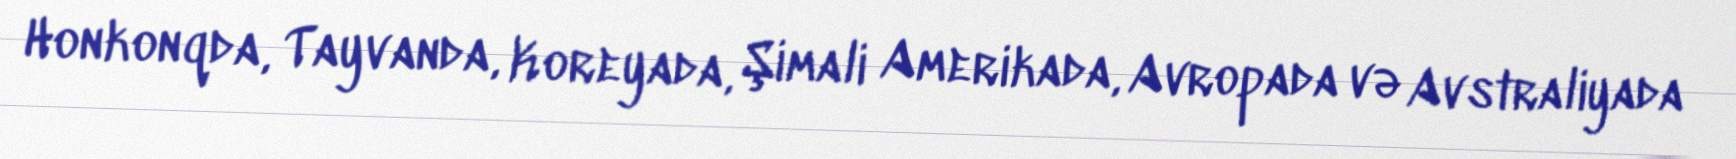
Honkonqda, Tayvanda, Koreyada, Şimali Amerikada, Avropada və Avstraliyada